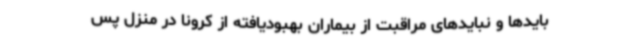
بایدها و نبایدهای مراقبت از بیماران بهبودیافته از کرونا در منزل پس